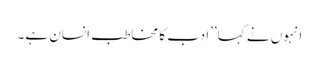
انہوں نے کہا’’ادب کا مخاطب انسان ہے۔